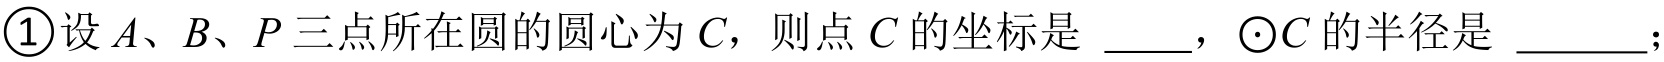
\textcircled{1}设\(A\)、\(B\)、\(P\)三点所在圆的圆心为\(C\)，则点\(C\)的坐标是 \(\underline{\quad\quad}\)，\(\odot C\)的半径是 \(\underline{\quad\quad}\);